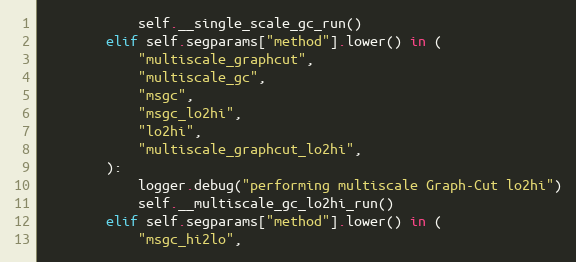
Language: Python
            self.__single_scale_gc_run()
        elif self.segparams["method"].lower() in (
            "multiscale_graphcut",
            "multiscale_gc",
            "msgc",
            "msgc_lo2hi",
            "lo2hi",
            "multiscale_graphcut_lo2hi",
        ):
            logger.debug("performing multiscale Graph-Cut lo2hi")
            self.__multiscale_gc_lo2hi_run()
        elif self.segparams["method"].lower() in (
            "msgc_hi2lo",